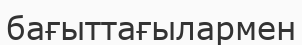
бағыттағылармен